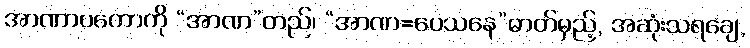
အာဏာပကောကို “အာဏ”တည်၊ “အာဏ=ပေသနေ”ဓာတ်မှည့်, အဆုံးသရချေ,